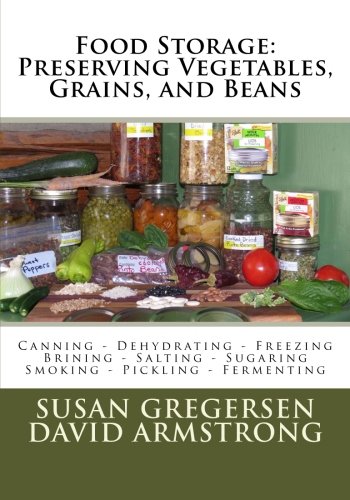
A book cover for Food Storage: Preserving Vegetables, Grains, and Beans: Canning - Dehydrating - Freezing - Brining - Salting - Sugaring - Smoking - Pickling - Fermenting; Susan Gregersen; Cookbooks, Food & Wine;